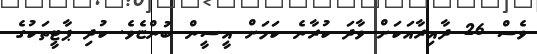
ވެސް 26 ދާއިރާއަކަށް ވާދަ ކުރާނެ ކަމަށް އީސީން ބުންޏެވެ. ކުދި ޕާޓީތަކުގެ